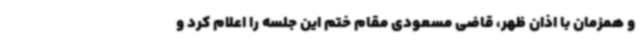
و همزمان با اذان ظهر، قاضی مسعودی مقام ختم این جلسه را اعلام کرد و